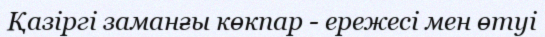
Қазіргі заманғы көкпар - ережесі мен өтуі